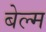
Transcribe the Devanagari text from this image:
बेल्म